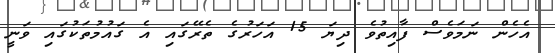
އެހެން ނަމަވެސް ފާއިތުވެ ދިޔަ 15 އަހަރުގެ ތެރޭގައި އެ ގައުމުތަކުގައި ވަނީ